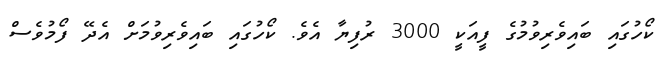
ކޯހުގައި ބައިވެރިވުމުގެ ފީއަކީ 3000 ރުފިޔާ އެވެ. ކޯހުގައި ބައިވެރިވުމަށް އެދޭ ފޯމުވެސް